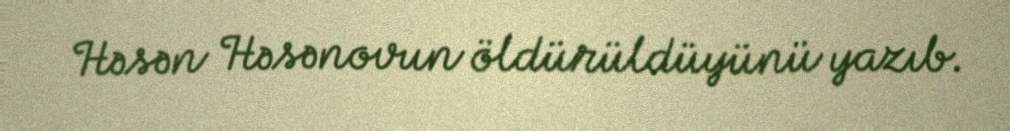
Həsən Həsənovun öldürüldüyünü yazıb.